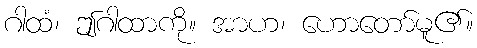
ဂါထံ၊ ဤဂါထာကို။ အာဟ၊ ဟောတော်မူ၏။